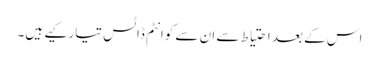
اس کے بعد احتیاط سے ان سے کوانٹم ڈاٹس تیار کیے ہیں۔